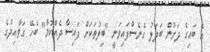
އެ ބައިގެ ދަށުން ބަދަލު ގެނެސްފައިވަނީ "ބިލުތަކަށް ފައިސާ ދެއްކުމާ" ބެހޭ ގަވާއިދުގެ